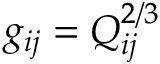
g _ { i j } = Q _ { i j } ^ { 2 / 3 }